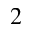
^ 2